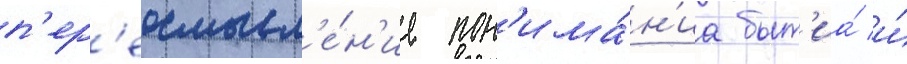
п'ер'еосмысл'е́н'ие пон'има́н'иа быт'иа́ и́